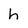
Character: h